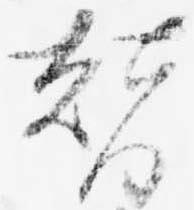
替